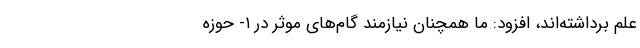
علم برداشته‌اند، افزود: ما همچنان نیازمند گام‌های موثر در ۱- حوزه